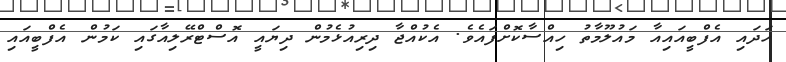
ހަދައި އެފްބީއައިއާ މައުލޫމާތު ހިއްސާކޮށްފައެވެ. އެކުއްޖާ ދިރިއުޅެމުން ދިޔައީ އޮސްޓްރޭލިއާގައި ކަމުން އެފްބީއައި